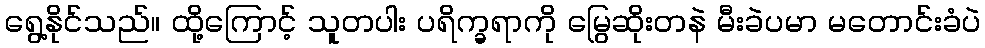
ရွေ့နိုင်သည်။ ထို့ကြောင့် သူတပါး ပရိက္ခရာကို မြွေဆိုးတနဲ မီးခဲပမာ မတောင်းခံပဲ